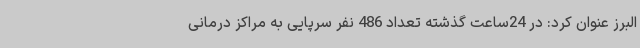
البرز عنوان کرد: در 24ساعت گذشته تعداد 486 نفر سرپایی به مراکز درمانی